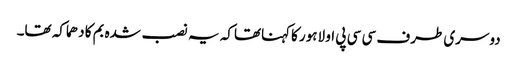
دوسری طرف سی سی پی او لاہور کاکہناتھاکہ یہ نصب شدہ بم کا دھماکہ تھا۔